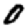
Digit: 0